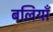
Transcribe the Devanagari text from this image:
बलियाँ